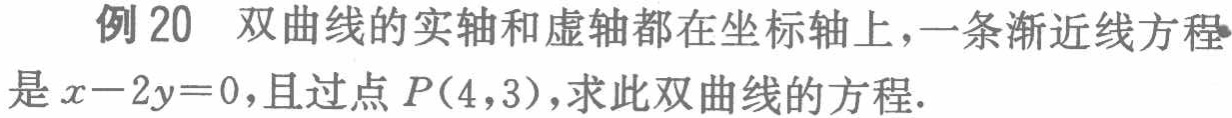
例20 双曲线的实轴和虚轴都在坐标轴上，一条渐近线方程是\(x - 2y = 0\)，且过点\(P(4,3)\)，求此双曲线的方程.